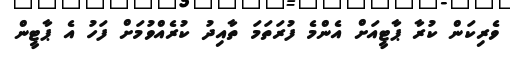
ވެރިކަން ކުރާ ޕާޓީއަށް އެންމެ ފުރަތަމަ ތާއިދު ކުރެއްވުމަށް ފަހު އެ ޕާޓީން